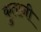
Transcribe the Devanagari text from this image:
कुतानी